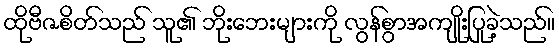
ထိုဗီဇစိတ်သည် သူ၏ ဘိုးဘေးများကို လွန်စွာအကျိုးပြုခဲ့သည်။